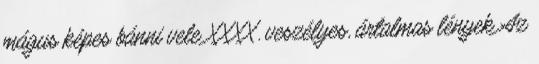
mágus képes bánni vele XXXX. veszélyes, ártalmas lények Az